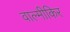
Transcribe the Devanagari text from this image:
वाल्मीकिर